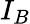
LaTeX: I_{B}